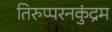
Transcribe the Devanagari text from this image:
तिरुप्परनकुंद्रम